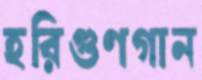
হরিগুণগান